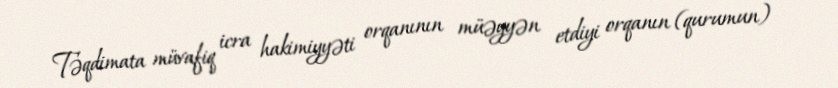
Təqdimata müvafiq icra hakimiyyəti orqanının müəyyən etdiyi orqanın (qurumun)